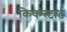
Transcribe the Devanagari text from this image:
किकस्टार्ट